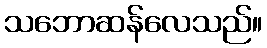
သဘောဆန်လေသည်။